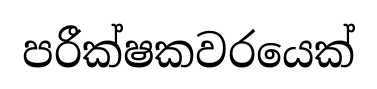
පරීක්ෂකවරයෙක්